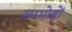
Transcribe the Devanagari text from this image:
सम्मोहों